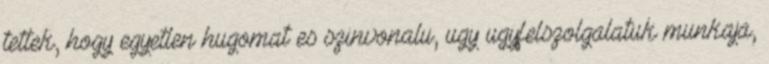
tettek, hogy egyetlen hugomat es szinvonalu, ugy ugyfelszolgalatuk munkaja,